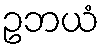
ဥဘယံ